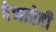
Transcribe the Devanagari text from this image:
देणारेही